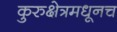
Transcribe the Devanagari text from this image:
कुरुक्षेत्रमधूनच